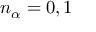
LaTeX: n _ { \alpha } = 0 , 1